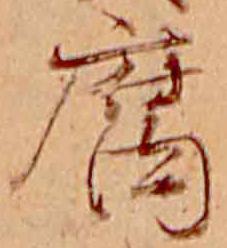
腐